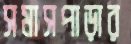
সমাসপাড়ার